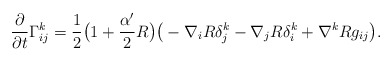
\begin{align*}\frac{\partial}{\partial t}\Gamma^k_{ij}=\frac{1}{2}\big(1+\frac{\alpha'}{2}R\big)\big(-\nabla_iR\delta^k_j-\nabla_jR\delta^k_i+\nabla^kRg_{ij}\big).\end{align*}